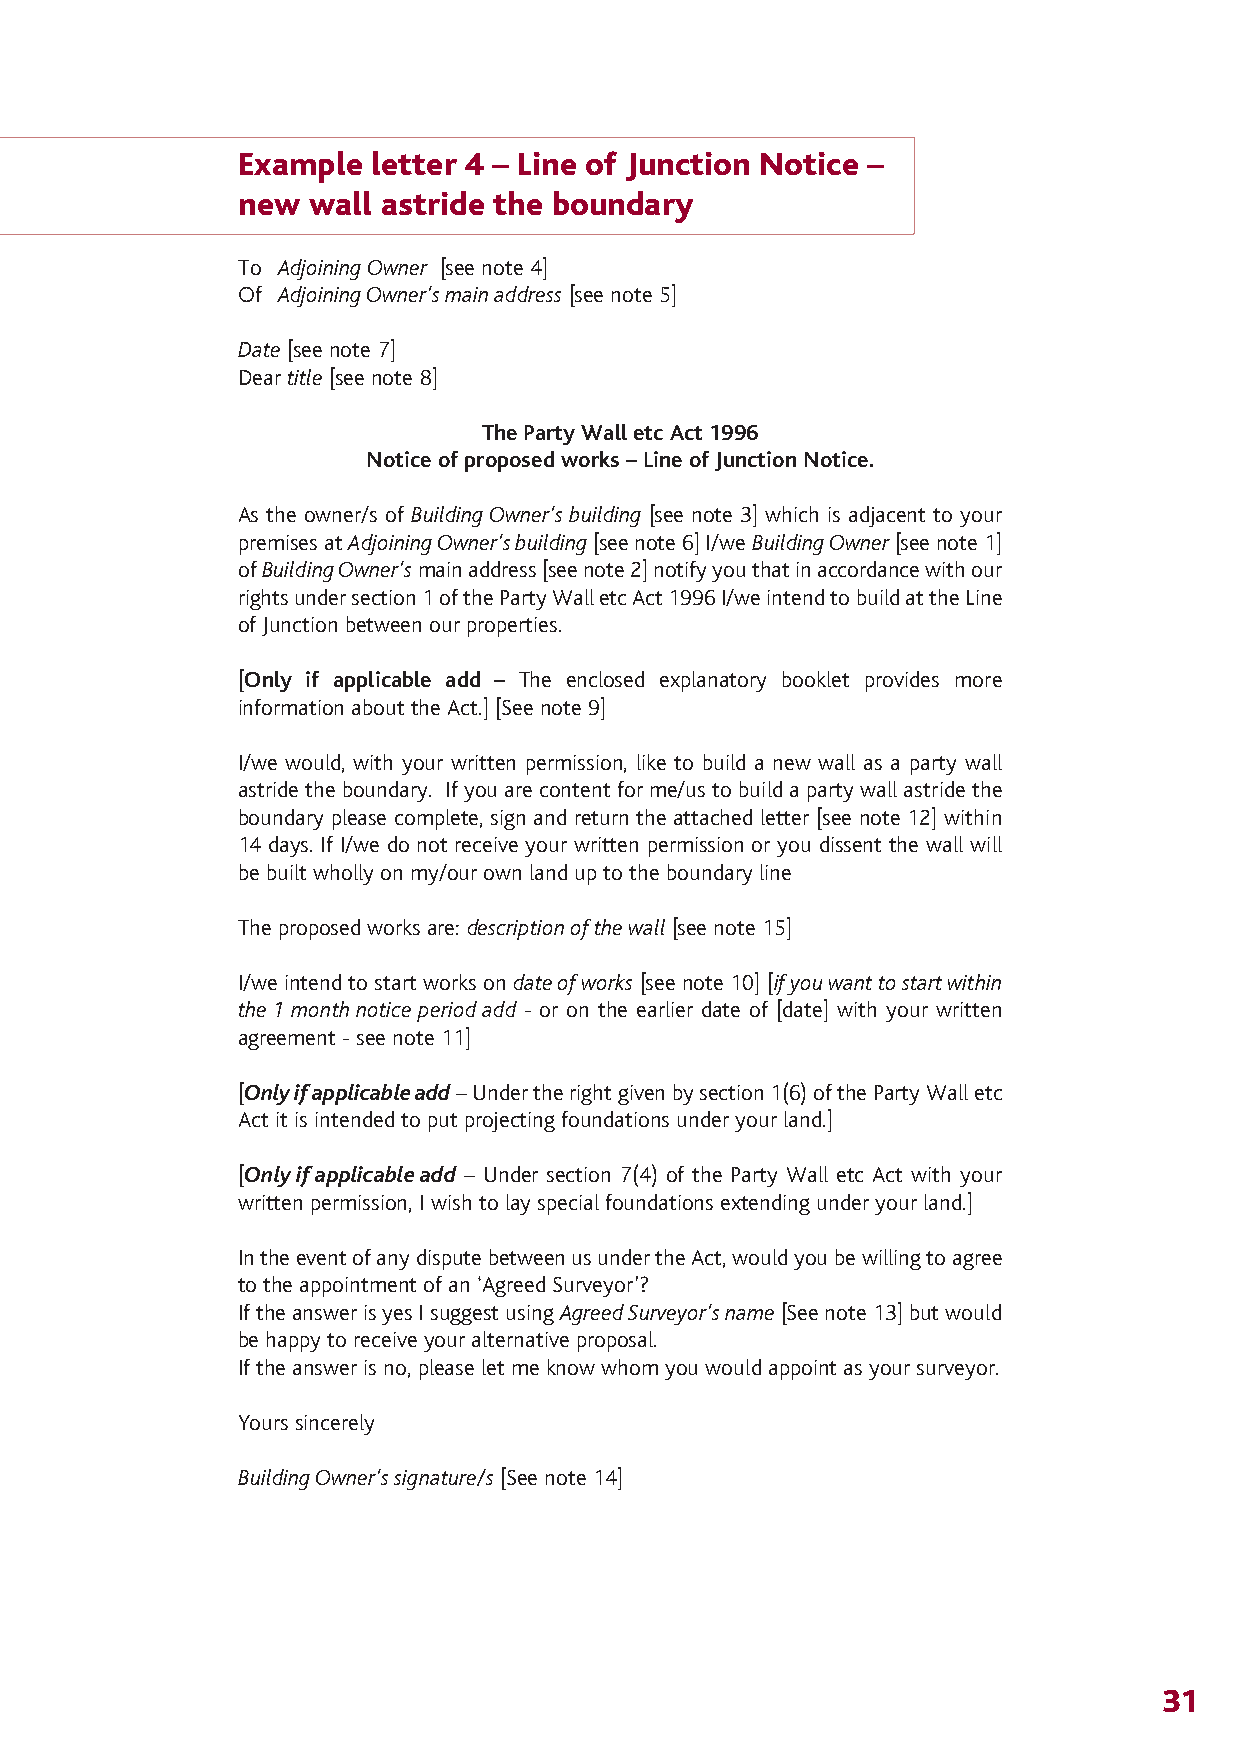
The Party Wall 12/4/07 14:28 Page 34
 Example letter 4 – Line of Junction Notice –
 new wall astride the boundary
 To Adjoining Owner [see note 4]
 Of Adjoining Owner’s main address [see note 5]
 Date [see note 7]
 Dear title [see note 8]
 The Party Wall etc Act 1996
 Notice of proposed works – Line of Junction Notice.
 As the owner/s of Building Owner’s building [see note 3] which is adjacent to your
 premises at Adjoining Owner’s building[see note 6] I/we Building Owner[see note 1]
 of Building Owner’smain address [see note 2] notify you that in accordance with our
 rights under section 1 of the Party Wall etc Act 1996 I/we intend to build at the Line
 of Junction between our properties.
 [Only if applicable add – The enclosed explanatory booklet provides more
 information about the Act.] [See note 9]
 I/we would, with your written permission, like to build a new wall as a party wall
 astride the boundary. If you are content for me/us to build a party wall astride the
 boundary please complete, sign and return the attached letter [see note 12] within
 14 days. If I/we do not receive your written permission or you dissent the wall will
 be built wholly on my/our own land up to the boundary line
 The proposed works are: description of the wall [see note 15]
 I/we intend to start works on date of works [see note 10] [if you want to start within
 the 1 month notice period add - or on the earlier date of [date] with your written
 agreement - see note 11]
 [Only if applicable add– Under the right given by section 1(6) of the Party Wall etc
 Act it is intended to put projecting foundations under your land.]
 [Only if applicable add – Under section 7(4) of the Party Wall etc Act with your
 written permission, I wish to lay special foundations extending under your land.]
 In the event of any dispute between us under the Act, would you be willing to agree
 to the appointment of an ‘Agreed Surveyor’?
 If the answer is yes I suggest using Agreed Surveyor’s name[See note 13] but would
 be happy to receive your alternative proposal.
 If the answer is no, please let me know whom you would appoint as your surveyor.
 Yours sincerely
 Building Owner’s signature/s [See note 14]
 31